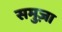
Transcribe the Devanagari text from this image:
समुज़ा